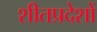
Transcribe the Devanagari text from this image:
शीतप्रदेशों